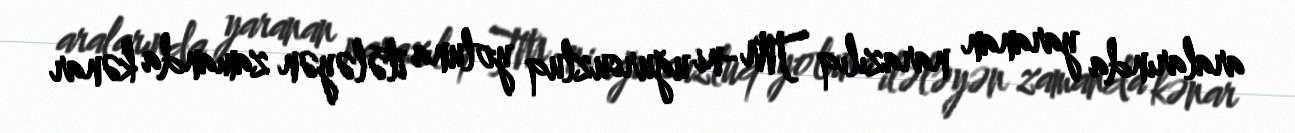
aralarında yaranan narazılıq TM-ni uğursuzluq yoluna itələyən zamanda kənar